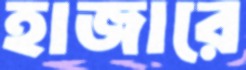
হাজারে